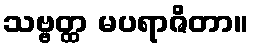
သဗ္ဗတ္ထ မပရာဇိတာ။